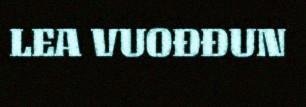
LEA VUOĐĐUN